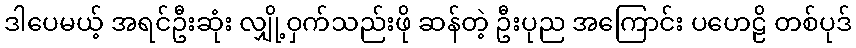
ဒါပေမယ့် အရင်ဦးဆုံး လျှို့ဝှက်သည်းဖို ဆန်တဲ့ ဦးပုည အကြောင်း ပဟေဠိ တစ်ပုဒ်